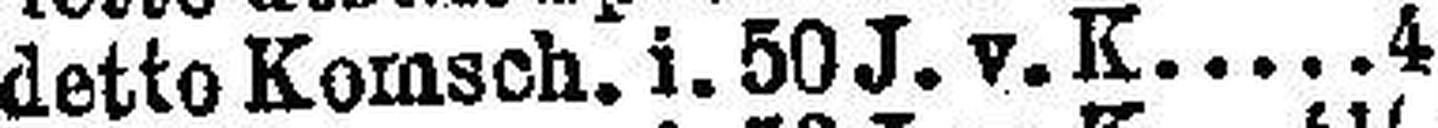
detto Komsch. i. 50 J. v. K 4